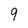
Character: 9